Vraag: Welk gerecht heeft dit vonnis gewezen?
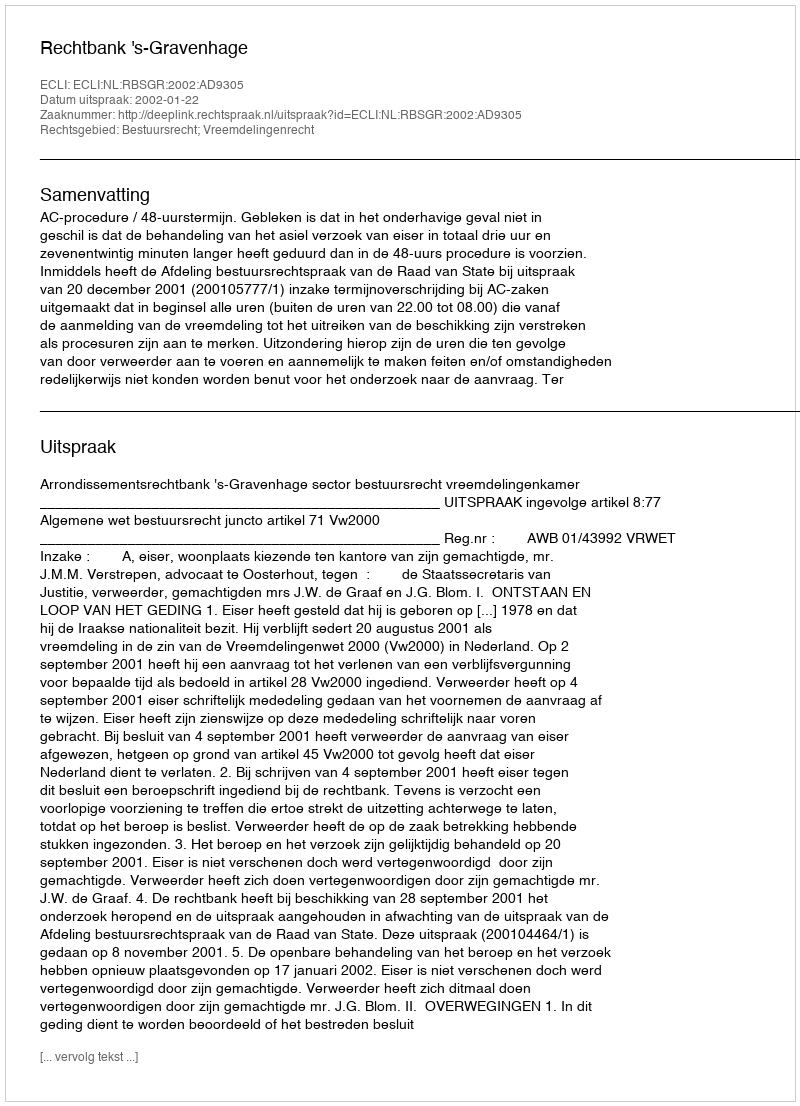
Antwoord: Rechtbank 's-Gravenhage